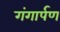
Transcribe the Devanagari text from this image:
गंगार्पण